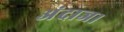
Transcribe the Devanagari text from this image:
अंदाज।